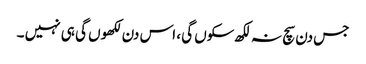
جس دن سچ نہ لکھ سکوں گی ، اس دن لکھوں گی ہی نہیں ۔